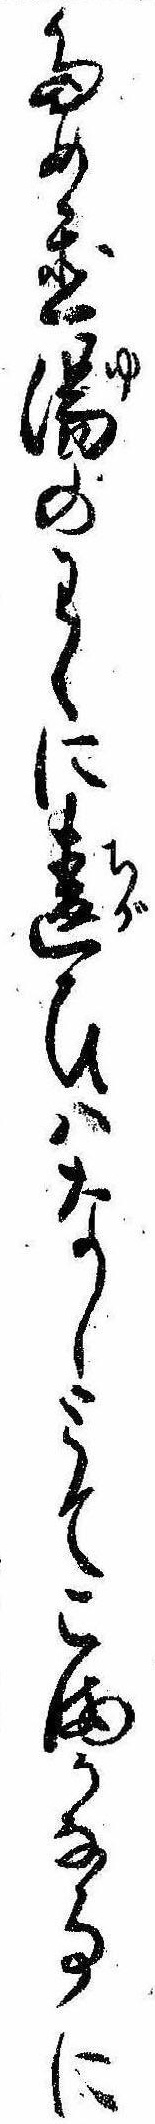
ため置湯のわくに違ひはなしとてこまかな事に